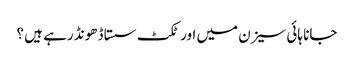
جانا ہائی سیزن میں اور ٹکٹ سستا ڈھونڈ رہے ہیں ؟